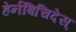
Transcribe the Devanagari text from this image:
हेर्नबिचिदेस्